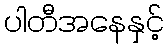
ပါတီအနေနှင့်